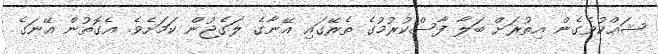
ޝައްކުވެގެން އިތުރަށް ބަލާ ފާސްކުރުމުގެ ތެރޭގައި އޭނާގެ ލަގެޖުން ކަމަށެވެ. އެގޮތުން އޭނަގެ